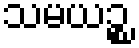
သမယဉ္စ